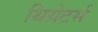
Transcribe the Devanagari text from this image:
थिय़ेटर्स